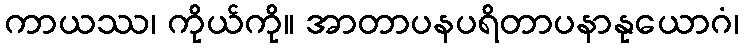
ကာယဿ၊ ကိုယ်ကို။ အာတာပနပရိတာပနာနုယောဂံ၊